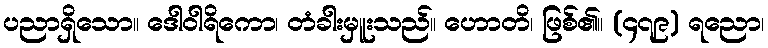
ပညာရှိသော။ ဒေါဝါရိကော၊ တံခါးမှူးသည်။ ဟောတိ၊ ဖြစ်၏။ (၄၇၉) ရညော၊